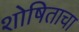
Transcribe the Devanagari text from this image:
शोषिताचा